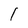
Character: l